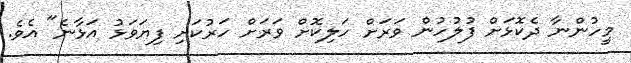
މީހުންނާ ދެކޮޅަށް ފުލުހުން ވަރަށް ހަލިކޮށް ވަރަށް ހަރުކަށި ފިޔަވަޅު އަޅާނެ" އެވެ.